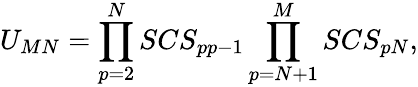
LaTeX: U_{MN}=\prod_{p=2}^{N}SCS_{pp-1}\prod_{p=N+1}^{M}SCS_{pN},